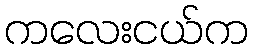
ကလေးငယ်က